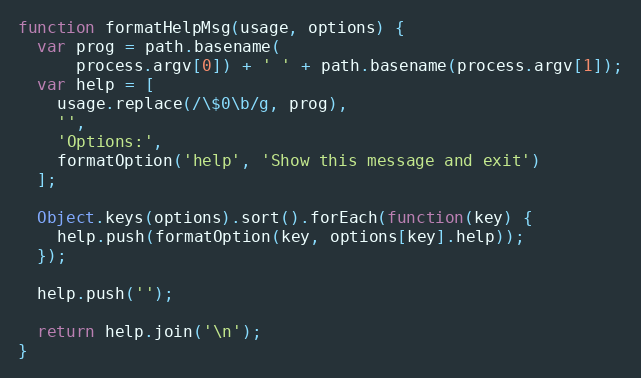
Language: JavaScript
function formatHelpMsg(usage, options) {
  var prog = path.basename(
      process.argv[0]) + ' ' + path.basename(process.argv[1]);
  var help = [
    usage.replace(/\$0\b/g, prog),
    '',
    'Options:',
    formatOption('help', 'Show this message and exit')
  ];

  Object.keys(options).sort().forEach(function(key) {
    help.push(formatOption(key, options[key].help));
  });

  help.push('');

  return help.join('\n');
}